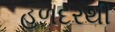
હળદરથી